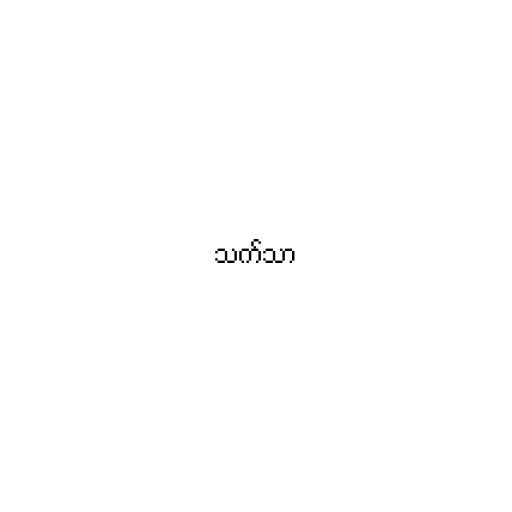
သက်သာ